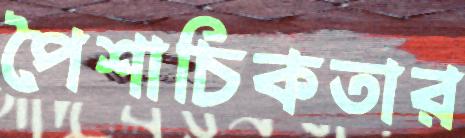
পৈশাচিকতার